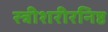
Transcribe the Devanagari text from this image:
स्त्रीशरीरनिष्ठ